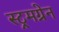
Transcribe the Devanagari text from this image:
स्ट्रमग्रेन